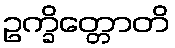
ဥက္ခိတ္တောတိ